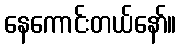
နေကောင်းတယ်နော်။